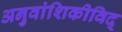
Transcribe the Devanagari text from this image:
अनुवांशिकीविद्